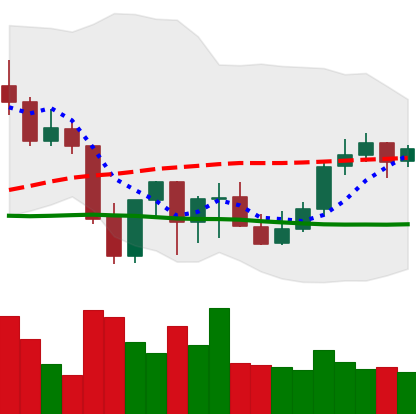
Ticker: LINK-USD
Chart end date: 2021-10-05
Forward return: -5.85%
Label: down_5_7